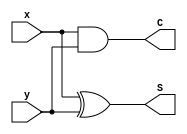

/// Verilog HDL code for Half Adder
/// -------------------------------
/// 
/// Name:   	Josh Ratificar
/// Schedule: 	Group 3 CpE 3101L - Introduction to HDL | 7:30 AM to 10:30 AM, Thursday
///
///

module HalfAdder (x, y, C, S);
	input	x, y;
	output	C, S;
	xor	X1 (S, x, y);
	and	A1 (C, x, y);
endmodule